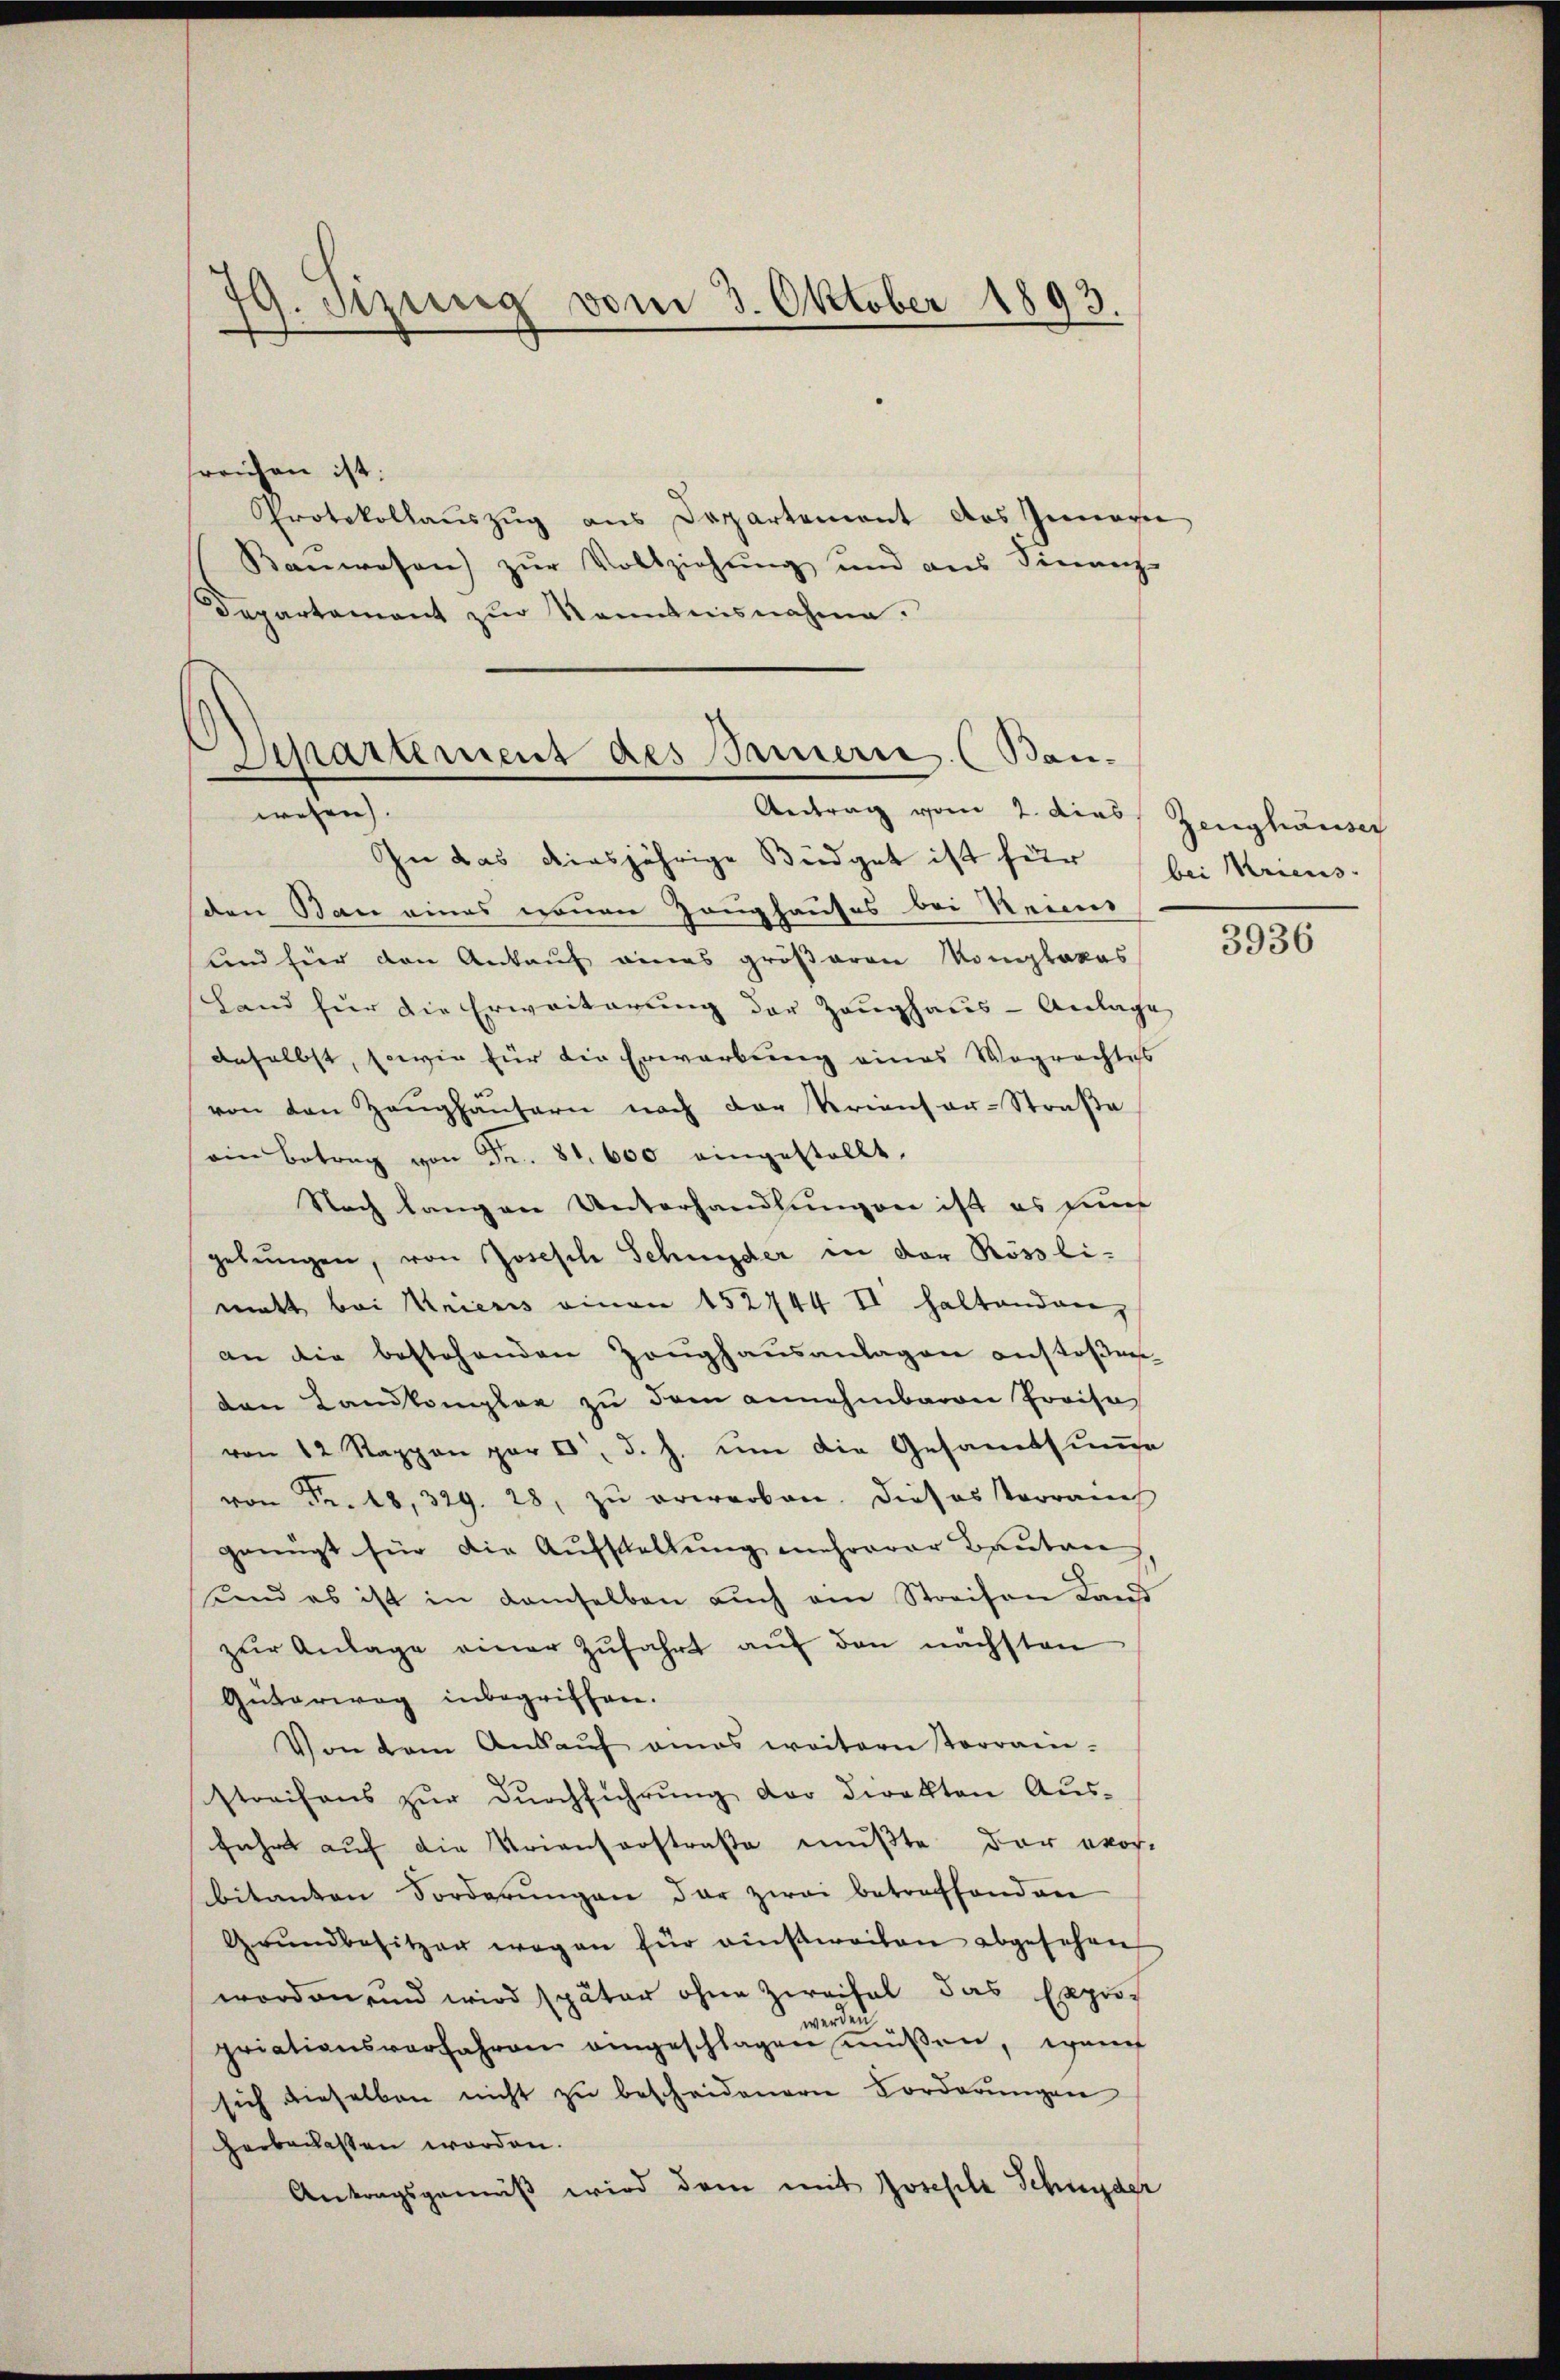
79. Setzung vom 3. Oktober 1893.

sreichen ist:
Protokollaŭszŭg ans Departement des Imagi
Kanwesen zŭr Vollziehŭng und ans Finanz-
Departement zur Kenntnisnahme.

Sipartement des Samerie (Bau-
wesen).
Antrag vom 2. dies Zeughauser

In das diesjährige Büdget ist für bei Kriens
den Bau eines nennen Zeughauses bei Neuns
und für den Ankauf eines größeren Komiplakas
Land für die Erweiterung der Zeughaus-Anlage
dnselbst, sowie für die Erwerbung eines Wegrechtess
von den Zeŭghaŭsern nach der Krienfer-Straβe
ein Betrag von Fr. 81. 600 eingestellt,
Nach langen Unterhandlungen ist es fünf
gebŭngen, von Joseph Schnyder in der Rössli-
matt bei Krienis einen 152744 II haltendenz
an die bestehenden Zeŭghaŭsanlagen anstoβen-
den Landkomplar zu dem annehmbaren Preisa
von 12 Rappen par d. d. J. um die Gesamtsumge
von Fr. 18, 329. 28, zu erworben. Dieses Vorrauch
genügt für die Aufstellŭng mehrerer Bautan
uid es ist in demselben auch am Streifen Land
zŭr Anlage einer Zŭfahrt aŭf den nächsten
Güterweg inbegriffen.
Von dem Ankaŭf amas weitern sterrain-
streifens zur Durchführung der Direkten Ausführt auf die Krienserstraße mußte der vor-
bitanten Forderŭngen der zwei betreffenden
Grŭndbesitzer wegen für ausweilen abgesehen
worden und wird später ohne Zweifel das Exprop
werden.
priationsverfahren angeschlagen müßen, wenig
sich dieselben nicht zu bescheidenern Vorderungen
herbachesten worden.
Antragsgemäß wird dem mit Josefele Schnyder

3936